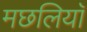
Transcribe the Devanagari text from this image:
मछलियाॅ